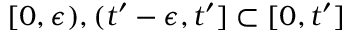
[ 0 , \epsilon ) , ( t ^ { \prime } - \epsilon , t ^ { \prime } ] \subset [ 0 , t ^ { \prime } ]